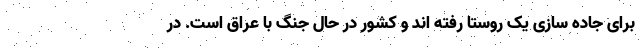
برای جاده سازی یک روستا رفته اند و کشور در حال جنگ با عراق است. در